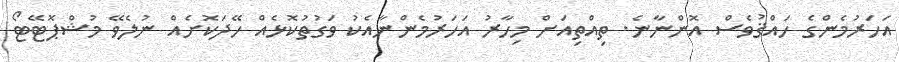
އަހަރުމެންގެ ހައްޤުވެސް އޮންނާނެ. ތިއްތިއަށް މިހާރު އަހަރުމެންނާއެކު ވަގުތުކޮޅެއް ހޭދަކޮށެއް ނުލެވޭ މުޝްޕޮޓޭޓޯ